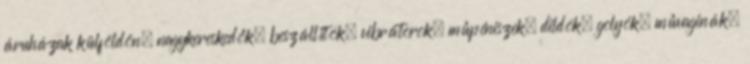
áruházak külföldön, nagykereskedők, beszállítók, vibrátorok, műpéniszek, dildók, golyók, művaginák,